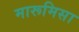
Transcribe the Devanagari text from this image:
मारूमिसा